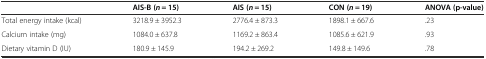
<table><thead><tr><td></td><td><b>AIS-B(<i>n</i> = 15)</b></td><td><b>AIS (<i>n</i> = 15)</b></td><td><b>CON (<i>n</i> = 19)</b></td><td><b>ANOVA (p-value)</b></td></tr></thead><tbody><tr><td>Total energy intake (kcal)</td><td>3218.9 ± 3952.3</td><td>2776.4 ± 873.3</td><td>1898.1 ± 667.6</td><td>.23</td></tr><tr><td>Calcium intake (mg)</td><td>1084.0 ± 637.8</td><td>1169.2 ± 863.4</td><td>1085.6 ± 621.9</td><td>.93</td></tr><tr><td>Dietary vitamin D (IU)</td><td>180.9 ± 145.9</td><td>194.2 ± 269.2</td><td>149.8 ± 149.6</td><td>.78</td></tr></tbody></table>